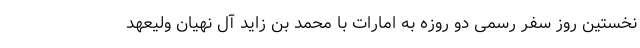
نخستین روز سفر رسمی دو روزه به امارات با محمد بن زاید آل نهیان ولیعهد